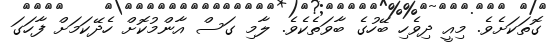
ގޮތަކަށެވެ. މިއީ ދިވެހި ބޭހުގެ ބާވަތެކެވެ. ލާމި ގަސް އާންމުކޮށް ހެދޭކަމަށް ފާހަގަ